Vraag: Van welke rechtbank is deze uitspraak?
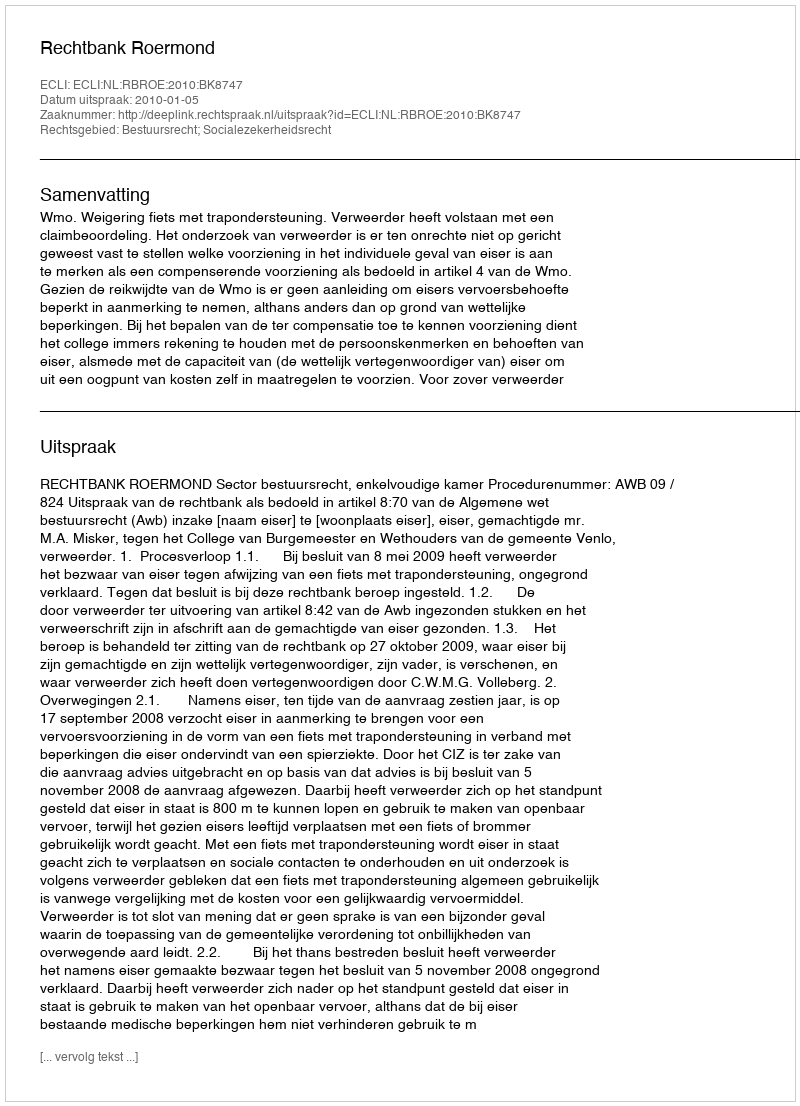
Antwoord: Rechtbank Roermond